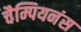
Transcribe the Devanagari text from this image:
चैम्पियनंस